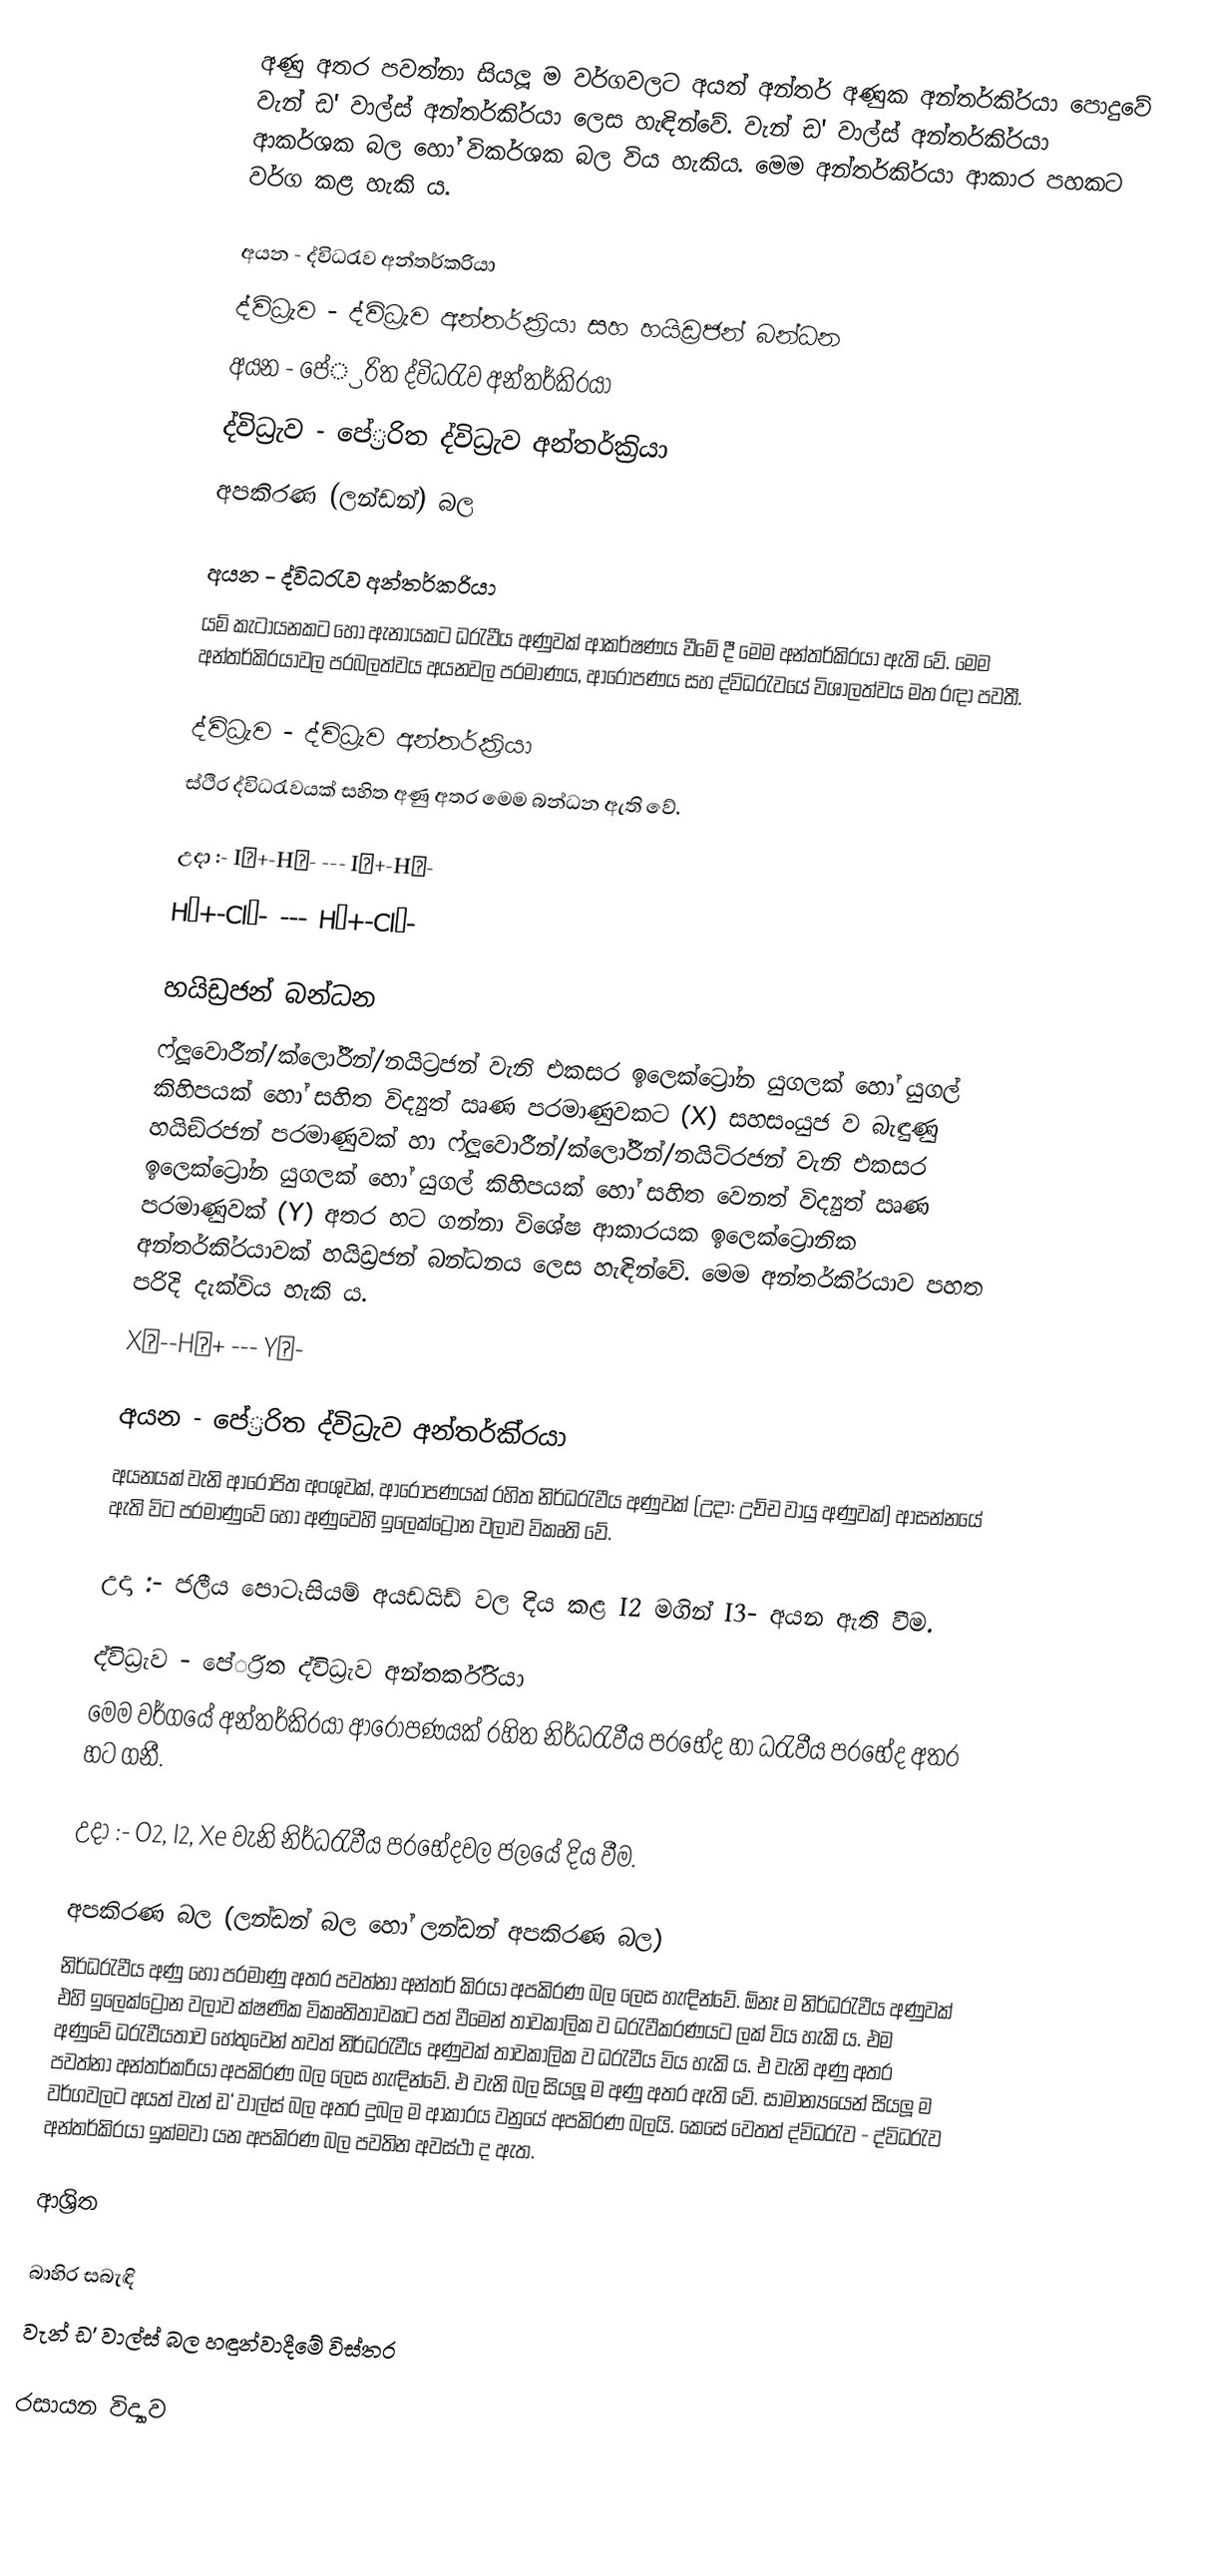
අණු අතර පවත්නා සියලූ ම වර්ගවලට අයත් අන්තර් අණුක අන්තර්කි‍්‍රයා පොදුවේ වැන් ඩ' වාල්ස් අන්තර්කි‍්‍රයා ලෙස හැඳින්වේ. වැන් ඩ' වාල්ස් අන්තර්කි‍්‍රයා ආකර්ශක බල හෝ විකර්ශක බල විය හැකිය. මෙම අන්තර්කි‍්‍රයා ආකාර පහකට වර්ග කළ හැකි ය.

අයන - ද්විධ‍්‍රැව අන්තර්ක‍්‍රියා
ද්විධ‍්‍රැව - ද්විධ‍්‍රැව අන්තර්ක‍්‍රියා සහ හයිඩ‍්‍රජන් බන්ධන
අයන - පේ‍්‍රරිත ද්විධ‍්‍රැව අන්තර්කි‍්‍රයා
ද්විධ‍්‍රැව - පේ‍්‍රරිත ද්විධ‍්‍රැව අන්තර්ක‍්‍රියා
අපකිරණ (ලන්ඩන්) බල

අයන - ද්විධ‍්‍රැව අන්තර්ක‍්‍රියා
යම් කැටායනකට හෝ ඇනායකට ධ‍්‍රැවීය අණුවක් ආකර්ෂණය වීමේ දී මෙම අන්තර්කි‍්‍රයා ඇති වේ. මෙම අන්තර්කි‍්‍රයාවල ප‍්‍රබලත්වය අයනවල ප‍්‍රමාණය, ආරෝපණය සහ ද්විධ‍්‍රැවයේ විශාලත්වය මත රඳා පවතී.

ද්විධ‍්‍රැව - ද්විධ‍්‍රැව අන්තර්ක‍්‍රියා
ස්ථිර ද්විධ‍්‍රැවයක් සහිත අණු අතර මෙම බන්ධන ඇති වේ.

උදා :- I♭+-H♭- --- I♭+-H♭-
 H♭+-Cl♭- --- H♭+-Cl♭-

හයිඩ්‍රජන් බන්ධන
ෆ්ලූවොරීන්/ක්ලෝරීන්/නයිට්‍රජන් වැනි එකසර ඉලෙක්ට්‍රෝන යුගලක් හෝ යුගල් කිහිපයක් හෝ සහිත විද්‍යුත් ඍණ පරමාණුවකට (X) සහසංයුජ ව බැඳුණු හයිඞ්රජන් පරමාණුවක් හා ෆ්ලූවොරීන්/ක්ලෝරීන්/නයිට්රජන් වැනි එකසර ඉලෙක්ට්‍රෝන යුගලක් හෝ යුගල් කිහිපයක් හෝ සහිත වෙනත් විද්‍යුත් ඍණ පරමාණුවක් (‍Y) අතර හට ගන්නා විශේෂ ආකාරයක ඉලෙක්ට්‍රොනික අන්තර්කි‍්‍රයාවක් හයිඩ්‍රජන් බන්ධනය ලෙස හැඳින්වේ. මෙම අන්තර්කි‍්‍රයාව පහත පරිදි දැක්විය හැකි ය.
X♭--H♭+ --- Y♭-

අයන - පේ‍්‍රරිත ද්විධ‍්‍රැව අන්තර්කි‍්‍රයා
අයනයක් වැනි ආරෝපිත අංශුවක්, ආරෝපණයක් රහිත නිර්ධ‍්‍රැවීය අණුවක් (උදා: උච්ච වායු අණුවක්) ආසන්නයේ ඇති විට පරමාණුවේ හෝ අණුවෙහි ඉලෙක්ට්‍රෝන වලාව විකෘති වේ.

උදා :- ජලීය පොටෑසියම් අයඩයිඩ් වල දිය කළ I2 මගින් I3- අයන ඇති වීම.

ද්විධ‍්‍රැව - පේ‍්‍රරිත ද්විධ‍්‍රැව අන්තර්කි‍්‍රයා
මෙම වර්ගයේ අන්තර්කි‍්‍රයා ආරෝපණයක් රහිත නිර්ධ‍්‍රැවීය ප‍්‍රභේද හා ධ‍්‍රැවීය ප‍්‍රභේද අතර හට ගනී.

උදා :- O2, I2, Xe වැනි නිර්ධ‍්‍රැවීය ප‍්‍රභේදවල ජලයේ දිය වීම.

අපකිරණ බල (ලන්ඩන් බල හෝ ලන්ඩන් අපකිරණ බල)
නිර්ධ‍්‍රැවීය අණු හෝ පරමාණු අතර පවත්නා අන්තර් කි‍්‍රයා අපකිරණ බල ලෙස හැඳින්වේ.  ඕනෑ ම නිර්ධ‍්‍රැවීය අණුවක් එහි ඉලෙක්ට්‍රෝන වලාව ක්ෂණික විකෘතිතාවකට පත් වීමෙන් තාවකාලික ව ධ‍්‍රැවීකරණයට ලක් විය හැකි ය. එම අණුවේ ධ‍්‍රැවීයතාව හේතුවෙන් තවත් නිර්ධ‍්‍රැවීය අණුවක් තාවකාලික ව ධ‍්‍රැවීය විය හැකි ය. එ වැනි අණු අතර පවත්නා අන්තර්ක‍්‍රියා අපකිරණ බල ලෙස හැඳින්වේ. එ වැනි බල සියලූ ම අණු අතර ඇති වේ. සාමාන්‍යයෙන් සියලූ ම වර්ගවලට අයත් වැන් ඩ‘ වාල්ස් බල අතර දුබල ම ආකාරය වනුයේ අපකිරණ බලයි. කෙසේ වෙතත් ද්විධ‍්‍රැව - ද්විධ‍්‍රැව අන්තර්කි‍්‍රයා ඉක්මවා යන අපකිරණ බල පවතින අවස්ථා ද ඇත.

ආශ්‍රිත

බාහිර සබැඳි
  වැන් ඩ' වාල්ස් බල හඳුන්වාදීමේ විස්තර

රසායන විද්‍යාව